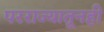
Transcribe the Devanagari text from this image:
परराज्यातूनही